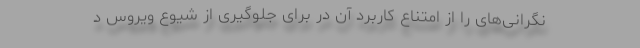
نگرانی‌های را از امتناع کاربرد آن در برای جلوگیری از شیوع ویروس د